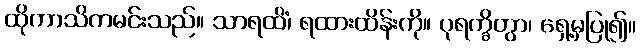
ထိုကာသိကမင်းသည်။ သာရထိံ၊ ရထားထိန်းကို။ ပုရက္ခိတွာ၊ ရှေ့မှပြု၍။